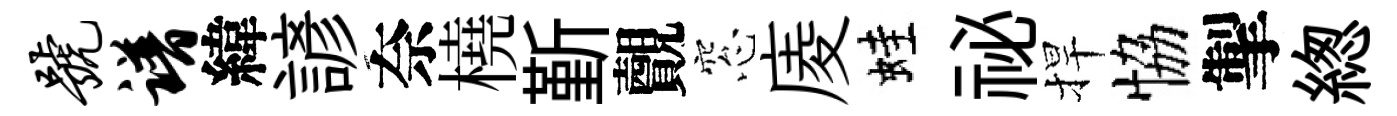
号谱緯諺奈橈斳覿窓庱蛙祕捍恊掣緫